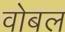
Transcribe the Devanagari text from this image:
वोबल